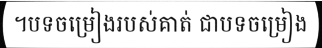
។បទចម្រៀងរបស់គាត់ ជាបទចម្រៀង